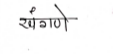
मजकूर: खंगणे